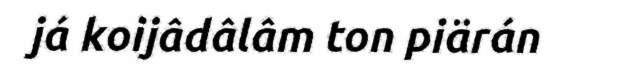
já koijâdâlâm ton piärán